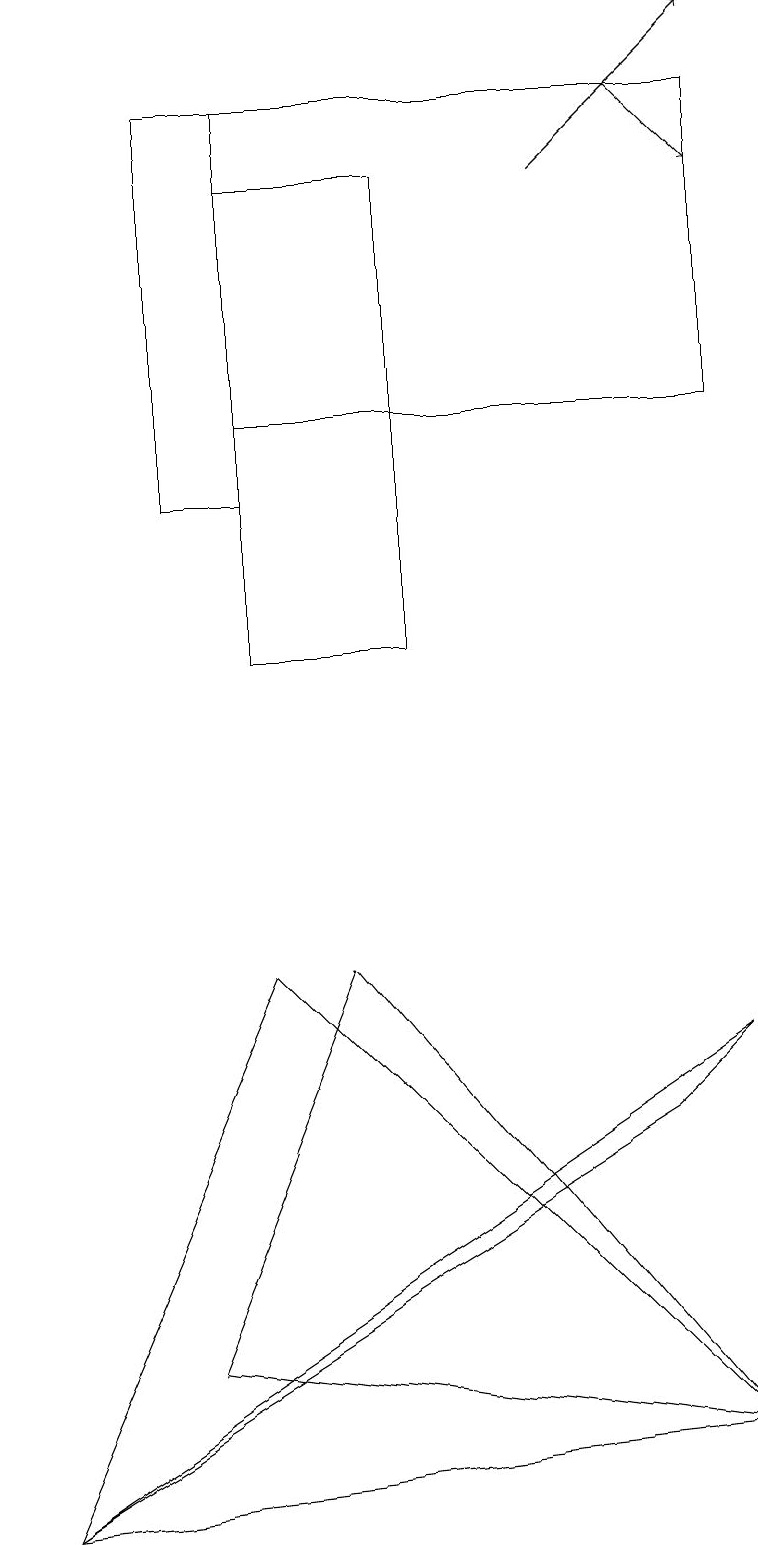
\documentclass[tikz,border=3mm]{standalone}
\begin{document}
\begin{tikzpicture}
\draw[->] (7,17) -- (9,19);
\draw[->] (8,18) -- (9,17);
\draw (3,18) rectangle (9,14);
\draw (3,18) rectangle (2,13);
\draw (3,7) -- (9,1) -- (0,0) -- cycle;
\draw (3,17) rectangle (5,11);
\draw (4,7) -- (9,1) -- (2,2) -- cycle;
\draw (9,6) -- (0,0) -- (8,5) -- cycle;
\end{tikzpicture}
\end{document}